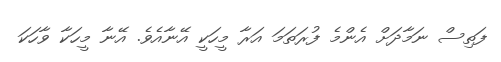
ފަތިސް ނަމާދަށް އެންމެ ފުރަތަމަ އަރާ މީހަކީ އޭނާއެވެ. އޭނާ މީހަކާ ވާހަކަ